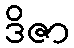
ဒိဇာ